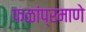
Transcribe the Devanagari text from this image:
फळांप्रमाणे